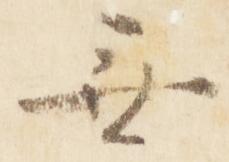
無